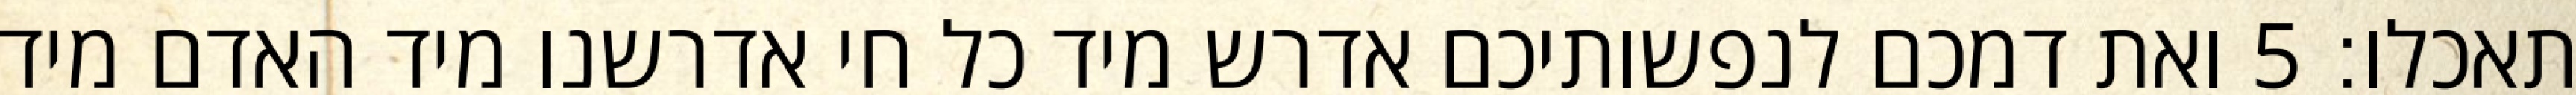
תאכלו׃ ‎5‏ ואת דמכם לנפשותיכם אדרש מיד כל חי אדרשנו מיד האדם מיד